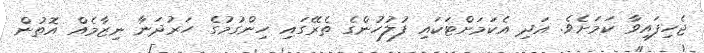
ޖެހިފައިވާ ކަމަށެވެ. އަދި އެކަމަށްޓަކައި ފުލުހުންގެ ތެރޭގައި ހިންގުމުގެ ހަރުދަނާ ނިޒާމެއް އޮތުން